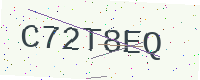
Text: C72T8EQ